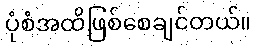
ပုံစံအထိဖြစ်စေချင်တယ်။